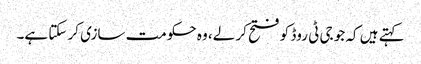
کہتے ہیں کہ جو جی ٹی روڈ کو فتح کر لے، وہ حکومت سازی کر سکتا ہے۔